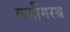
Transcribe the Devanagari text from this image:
कर्ममिरश्र